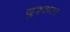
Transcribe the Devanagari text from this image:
दुश्शल